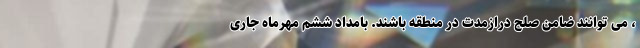
، می توانند ضامن صلح درازمدت در منطقه باشند. بامداد ششم مهرماه جاری